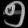
Digit: ၅